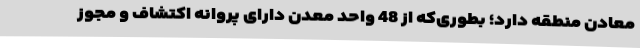
معادن منطقه دارد؛ بطوری‌که از 48 واحد معدن دارای پروانه اکتشاف و مجوز